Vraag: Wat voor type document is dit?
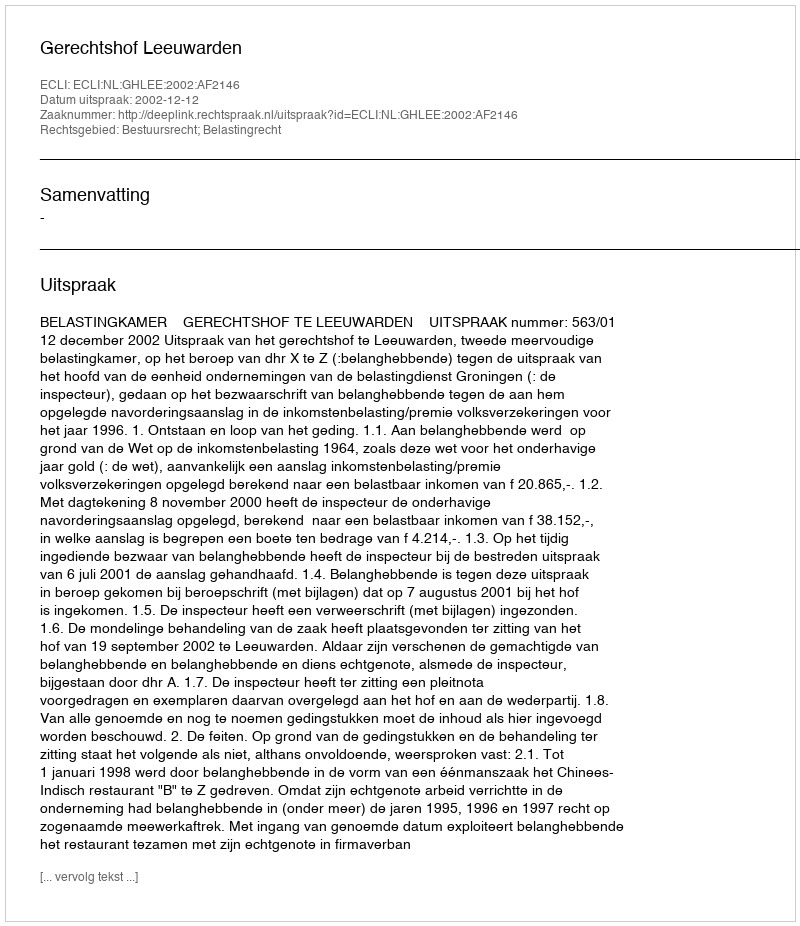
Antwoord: Uitspraak